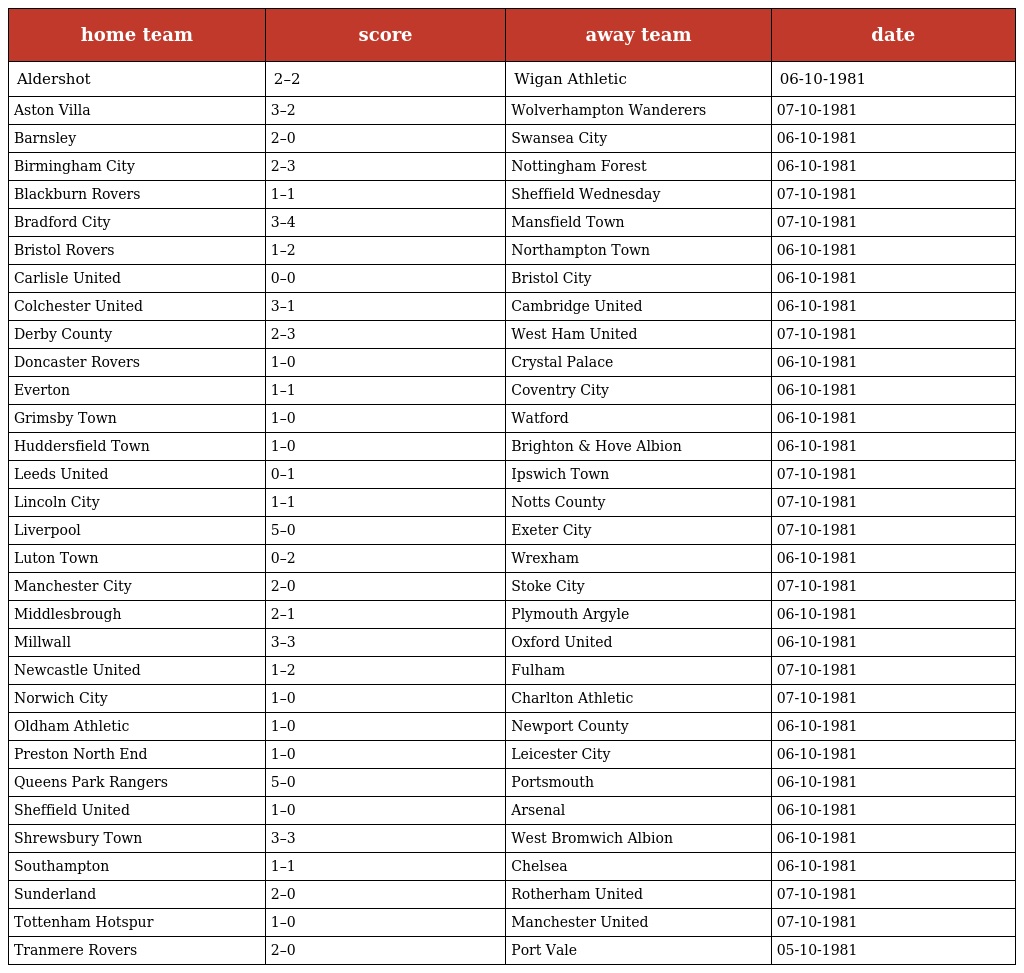
| home team | score | away team | date |
 | --- | --- | --- | --- |
 | Aldershot | 2–2 | Wigan Athletic | 06-10-1981 |
 | Aston Villa | 3–2 | Wolverhampton Wanderers | 07-10-1981 |
 | Barnsley | 2–0 | Swansea City | 06-10-1981 |
 | Birmingham City | 2–3 | Nottingham Forest | 06-10-1981 |
 | Blackburn Rovers | 1–1 | Sheffield Wednesday | 07-10-1981 |
 | Bradford City | 3–4 | Mansfield Town | 07-10-1981 |
 | Bristol Rovers | 1–2 | Northampton Town | 06-10-1981 |
 | Carlisle United | 0–0 | Bristol City | 06-10-1981 |
 | Colchester United | 3–1 | Cambridge United | 06-10-1981 |
 | Derby County | 2–3 | West Ham United | 07-10-1981 |
 | Doncaster Rovers | 1–0 | Crystal Palace | 06-10-1981 |
 | Everton | 1–1 | Coventry City | 06-10-1981 |
 | Grimsby Town | 1–0 | Watford | 06-10-1981 |
 | Huddersfield Town | 1–0 | Brighton & Hove Albion | 06-10-1981 |
 | Leeds United | 0–1 | Ipswich Town | 07-10-1981 |
 | Lincoln City | 1–1 | Notts County | 07-10-1981 |
 | Liverpool | 5–0 | Exeter City | 07-10-1981 |
 | Luton Town | 0–2 | Wrexham | 06-10-1981 |
 | Manchester City | 2–0 | Stoke City | 07-10-1981 |
 | Middlesbrough | 2–1 | Plymouth Argyle | 06-10-1981 |
 | Millwall | 3–3 | Oxford United | 06-10-1981 |
 | Newcastle United | 1–2 | Fulham | 07-10-1981 |
 | Norwich City | 1–0 | Charlton Athletic | 07-10-1981 |
 | Oldham Athletic | 1–0 | Newport County | 06-10-1981 |
 | Preston North End | 1–0 | Leicester City | 06-10-1981 |
 | Queens Park Rangers | 5–0 | Portsmouth | 06-10-1981 |
 | Sheffield United | 1–0 | Arsenal | 06-10-1981 |
 | Shrewsbury Town | 3–3 | West Bromwich Albion | 06-10-1981 |
 | Southampton | 1–1 | Chelsea | 06-10-1981 |
 | Sunderland | 2–0 | Rotherham United | 07-10-1981 |
 | Tottenham Hotspur | 1–0 | Manchester United | 07-10-1981 |
 | Tranmere Rovers | 2–0 | Port Vale | 05-10-1981 |